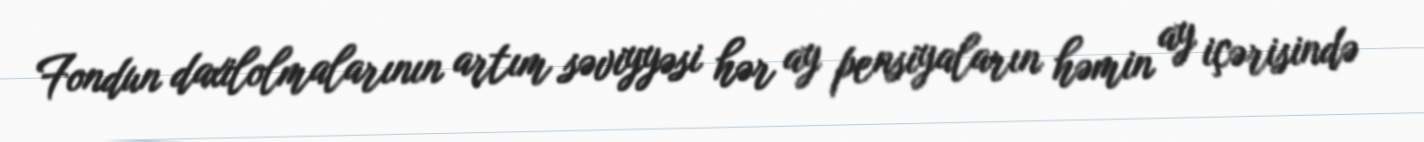
Fondun daxilolmalarının artım səviyyəsi hər ay pensiyaların həmin ay içərisində